Vaccination Hyderabad 1890-1903 - 1890-1903
Year: 1890
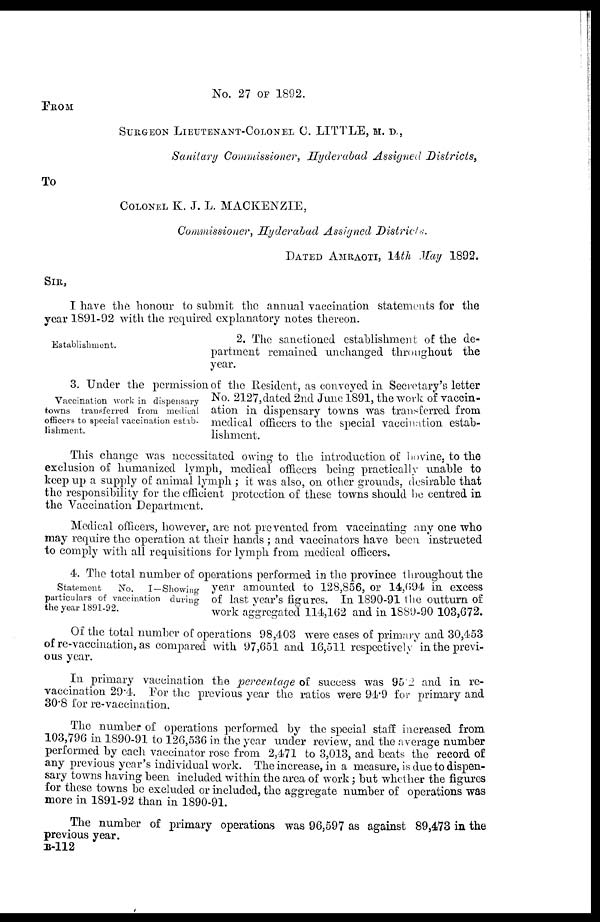
No. 27 OF 1892.
FROM
SURGEON LIEUTENANT-COLONEL C. LITTLE, M. D.,
Sanitary Commissioner, Hyderabad Assigned Districts,
To
COLONEL K. J. L. MACKENZIE,
Commissioner, Hyderabad Assigned Districts.
DATED AMRAOTI, 14th May
1892.
SIR,
I have the honour to submit the annual vaccination statements for the
year 1891-92 with the required explanatory notes thereon.
Establishment.
2. The sanctioned establishment of the de-
partment remained unchanged throughout the
year.
Vaccination work in dispensary
towns transferred from medical
officers to special vaccination estab-
lishment.
3. Under the permission of the Resident, as conveyed in Secretary's letter
No. 2127,dated 2nd June 1891, the work of vaccin-
ation in dispensary towns was transferred from
medical officers to the special vaccination estab-
lishment.
This change was necessitated owing to the introduction of bovine, to the
exclusion of humanized lymph, medical officers being practically unable to
keep up a supply of animal lymph ; it was also, on other grounds, desirable that
the responsibility for the efficient protection of these towns should be centred in
the Vaccination Department.
Medical officers, however, are not prevented from vaccinating any one who
may require the operation at their hands ; and vaccinators have been instructed
to comply with all requisitions for lymph from medical officers.
Statement
No.
I—Showing
particulars of vaccination during
the year 1891-92.
4. The total number of operations performed in the province throughout the
year amounted to 128,856, or 14,694 in excess
of last year's figures. In 1890-91 the outturn of
work aggregated 114,162 and in 1889-90 103,672.
Of the total number of operations 98,403 were cases of primary and 30,453
of re-vaccination, as compared with 97,651 and 16,511 respectively in the previ-
ous year.
In primary vaccination the percentage of success was 95.2 and in re-
vaccination 29.4. For the previous year the ratios were 94.9 for primary and
30.8 for re-vaccination.
The number of operations performed by the special staff increased from
103,796 in 1890-91 to 126,536 in the year under review, and the average number
performed by each vaccinator rose from 2,471 to 3,013, and beats the record of
any previous year's individual work. The increase, in a measure, is due to dispen-
sary towns having been included within the area of work; but whether the figures
for these towns be excluded or included, the aggregate number of operations was
more in 1891-92 than in 1890-91.
The number of primary operations was 96,597 as against 89,473 in the
previous year.
B-112